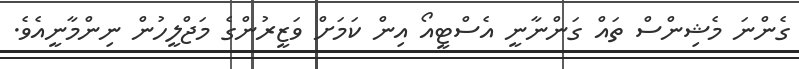
ގެންނަ މެޝިންސް ތައް ގަންނާނީ އެސްޓީއޯ އިން ކަމަށް ވަޒީރުންގެ މަޖްލީހުން ނިންމާނީއެވެ.